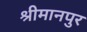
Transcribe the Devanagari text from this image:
श्रीमानपुर